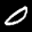
Label: 0